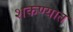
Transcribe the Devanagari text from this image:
शकण्यात